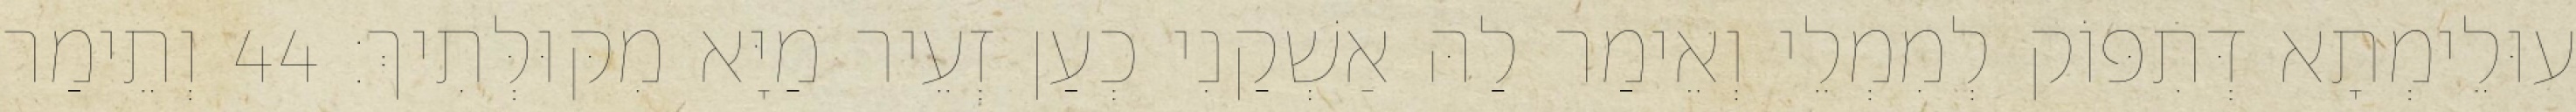
עוּלֵימְתָא דְּתִפּוֹק לְמִמְלֵי וְאֵימַר לַהּ אַשְׁקַנִי כְעַן זְעֵיר מַיָּא מִקּוּלְּתִיךְ׃ 44 וְתֵימַר